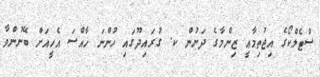
ސްޓެލްކޯގެ އިޖުތިމާޢީ ޒިންމާގެ ދަށުން ކ. ގުރައިދޫގައި ހުންނަ ޚާއްސަ އެހީއަށް ބޭނުންވާ